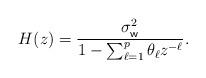
LaTeX: \begin{align*}H(z) = \frac{\sigma^2_{\sf w}}{1-\sum_{\ell=1}^p \theta_\ell z^{-\ell}}.\end{align*}